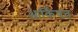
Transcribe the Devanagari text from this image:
आर्किषत